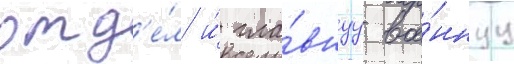
отд'е́л и́ гла́внуу вое́ннуу